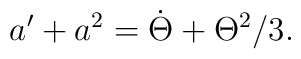
a^{\prime }+a^{2}=\dot{\Theta}+\Theta ^{2}/3.